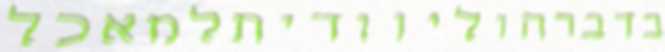
בדברהוליוודיתלמאכל